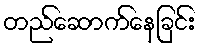
တည်ဆောက်နေခြင်း